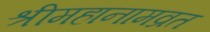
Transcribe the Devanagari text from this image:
श्रीमहानामव्रत